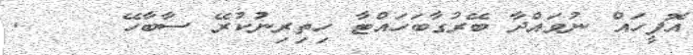
އޮފީހައް ނުވައްދާ ބޭރުގާބަހައްޓާ ހިތިރިނުކުރޭ ސާބާހޭ